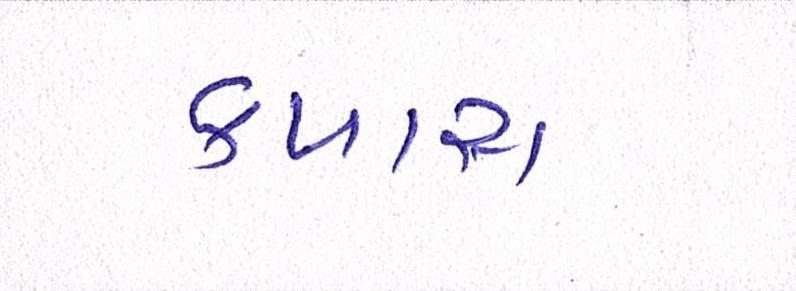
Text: કપાસ